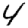
Digit: 4